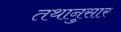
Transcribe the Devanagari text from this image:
तथानुसार